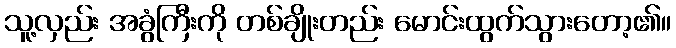
သူ့လှည်း အခွံကြီးကို တစ်ချိုးတည်း မောင်းထွက်သွားတော့၏။